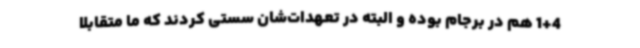
1+4 هم در برجام بوده و البته در تعهدات‌شان سستی کردند که ما متقابلا